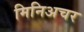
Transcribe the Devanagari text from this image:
मिनिअचर